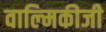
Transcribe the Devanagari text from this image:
वाल्‍मिकीजी